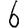
Digit: 6